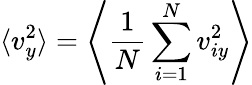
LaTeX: \langle v_{y}^{2}\rangle=\left\langle\frac{1}{N}\sum_{i=1}^{N}v_{iy}^{2}\right\rangle